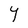
Character: Y